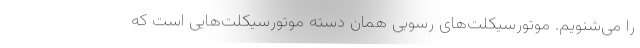
را می‌شنویم. موتورسیکلت‌های رسوبی همان دسته موتورسیکلت‌هایی است که